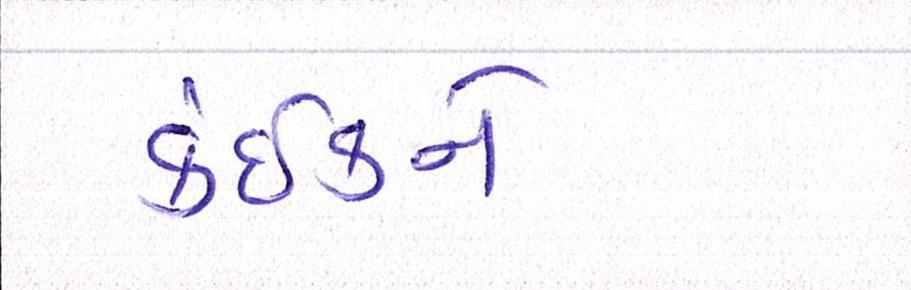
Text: કંઈકને